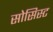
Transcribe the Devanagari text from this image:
सोसिस्ट